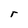
Character: r